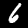
Digit: 6